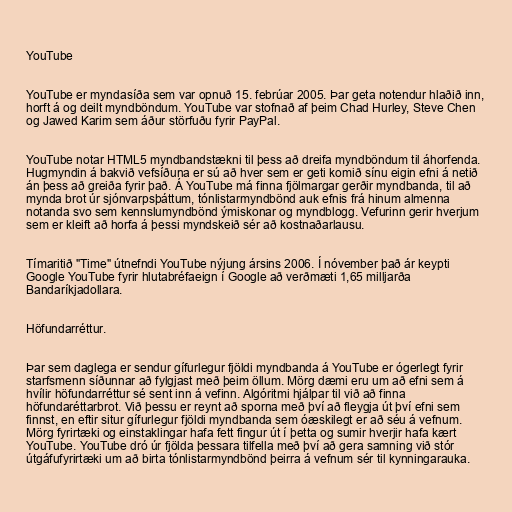
YouTube

YouTube er myndasíða sem var opnuð 15. febrúar 2005. Þar geta notendur hlaðið inn,
horft á og deilt myndböndum. YouTube var stofnað af þeim Chad Hurley, Steve Chen
og Jawed Karim sem áður störfuðu fyrir PayPal.

YouTube notar HTML5 myndbandstækni til þess að dreifa myndböndum til áhorfenda.
Hugmyndin á bakvið vefsíðuna er sú að hver sem er geti komið sínu eigin efni á netið
án þess að greiða fyrir það. Á YouTube má finna fjölmargar gerðir myndbanda, til að
mynda brot úr sjónvarpsþáttum, tónlistarmyndbönd auk efnis frá hinum almenna
notanda svo sem kennslumyndbönd ýmiskonar og myndblogg. Vefurinn gerir hverjum
sem er kleift að horfa á þessi myndskeið sér að kostnaðarlausu.

Tímaritið "Time" útnefndi YouTube nýjung ársins 2006. Í nóvember það ár keypti
Google YouTube fyrir hlutabréfaeign í Google að verðmæti 1,65 milljarða
Bandaríkjadollara.

Höfundarréttur.

Þar sem daglega er sendur gífurlegur fjöldi myndbanda á YouTube er ógerlegt fyrir
starfsmenn síðunnar að fylgjast með þeim öllum. Mörg dæmi eru um að efni sem á
hvílir höfundarréttur sé sent inn á vefinn. Algóritmi hjálpar til við að finna
höfundaréttarbrot. Við þessu er reynt að sporna með því að fleygja út því efni sem
finnst, en eftir situr gífurlegur fjöldi myndbanda sem óæskilegt er að séu á vefnum.
Mörg fyrirtæki og einstaklingar hafa fett fingur út í þetta og sumir hverjir hafa kært
YouTube. YouTube dró úr fjölda þessara tilfella með því að gera samning við stór
útgáfufyrirtæki um að birta tónlistarmyndbönd þeirra á vefnum sér til kynningarauka.